Regulations for the medical services of the Army of India
Year: 1930
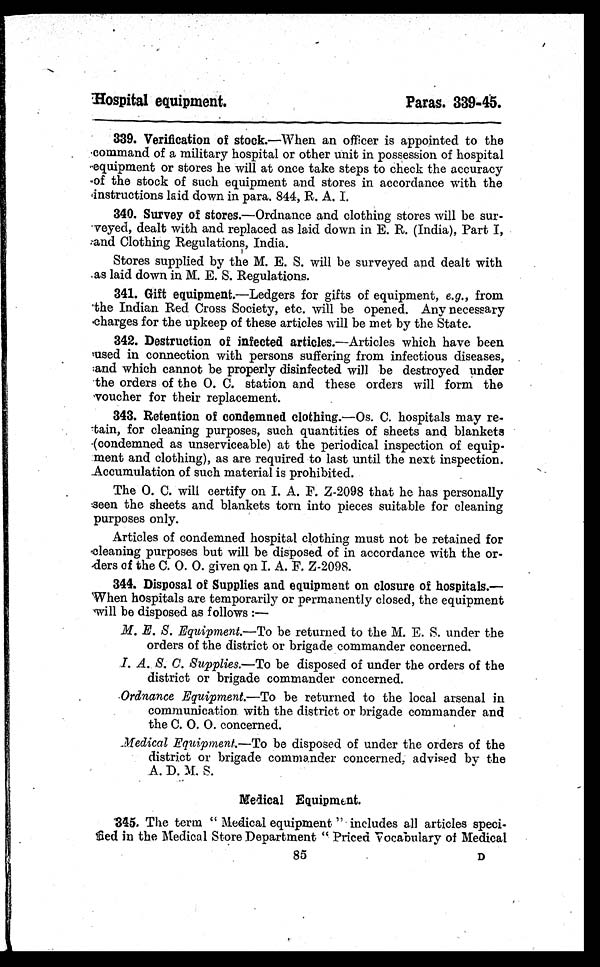
Hospital equipment.
Paras. 339-45.
339. Verification of stock.—When an officer is appointed to the
command of a military hospital or other unit in possession of hospital
equipment or stores he will at once take steps to check the accuracy
of the stock of such equipment and stores in accordance with the
instructions laid down in para. 844, R. A. I.
340. Survey of stores.—Ordnance and clothing stores will be sur--
veyed, dealt with and replaced as laid down in E. R. (India), Part I,
and Clothing Regulations, India.
Stores supplied by the M. E. S. will be surveyed and dealt with
as laid down in M. E. S. Regulations.
341. Gift equipment.—Ledgers for gifts of equipment, e.g., from
the Indian Red Cross Society, etc. will be opened. Any necessary
charges for the upkeep of these articles will be met by the State.
342. Destruction of infected articles. —Articles which have been
used in connection with persons suffering from infectious diseases,
and which cannot be properly disinfected will be destroyed under
the orders of the O. C. station and these orders will form the
voucher for their replacement.
343. Retention of condemned clothing.— Os. C. hospitals may re-
-tain, for cleaning purposes, such quantities of sheets and blankets
(condemned as unserviceable) at the periodical inspection of equip-
ment and clothing), as are required to last until the next inspection.
Accumulation of such material is prohibited.
The O. C. will certify on I. A. F. Z-2098 that he has personally
seen the sheets and blankets torn into pieces suitable for cleaning
purposes only.
Articles of condemned hospital clothing must not be retained for
cleaning purposes but will be disposed of in accordance with the or-
-ders of the C. O. O. given on I. A. F. Z-2098.
344. Disposal of Supplies and equipment on closure of hospitals.
— W h e n h o s p i t a l s a r e t e m p o r a r i l y o r p e r m a n e n t l y c l o s e d , t h e e q u i p m e n t
will be disposed as follows : —
M. E. S. Equipment.— To be returned to the M. E. S. under the
orders of the district or brigade commander concerned.
I. A. S. C. Supplies.— To be disposed of under the orders of the
district or brigade commander concerned.
Ordnance Equipment.— To be returned to the local arsenal in
communication with the district or brigade commander and
the C. O. O. concerned.
Medical Equipment.— To be disposed of under the orders of the
district or brigade commander concerned, advised by the
A. D. M. S.
Medical Equipment.
345. The term "Medical equipment" includes all articles speci
-fied in the Medical Store Department "Priced Vocabulary of Medical
85